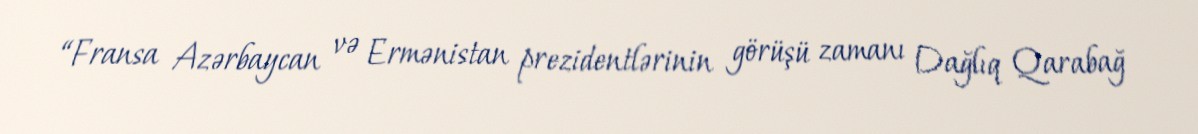
“Fransa Azərbaycan və Ermənistan prezidentlərinin görüşü zamanı Dağlıq Qarabağ